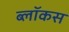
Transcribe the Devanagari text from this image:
ब्लॉकस